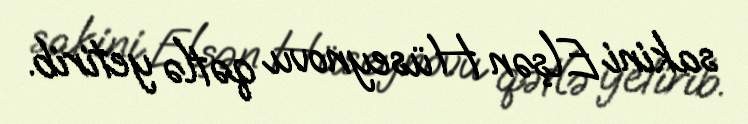
sakini Elşən Hüseynovu qətlə yetirib.